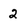
Character: 2